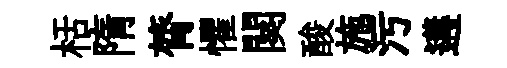
栝隋膂懼闋酸施污遘